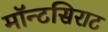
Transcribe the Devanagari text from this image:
मॉन्टसिराट